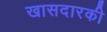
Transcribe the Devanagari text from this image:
खासदारकी